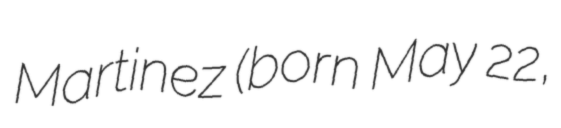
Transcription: Martinez (born May 22,